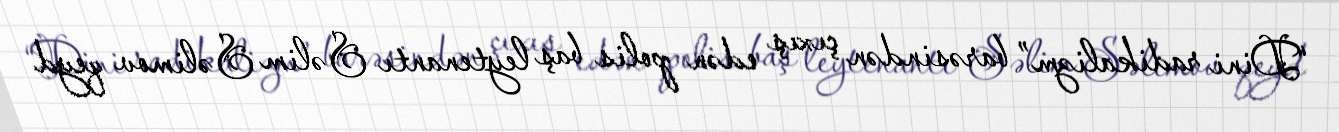
“Dini radikalizm” barəsindən çıxış edən polis baş leytenantı Səlim Səlimov qeyd